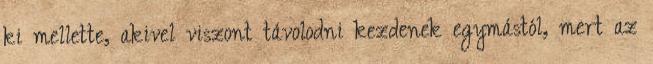
ki mellette, akivel viszont távolodni kezdenek egymástól, mert az